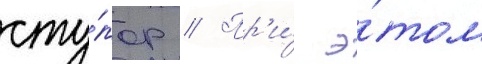
сту́пор // Пр'и́ э́том